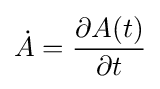
{\dot {A}}={\frac {\partial A(t)}{\partial t}}